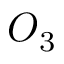
O _ { 3 }